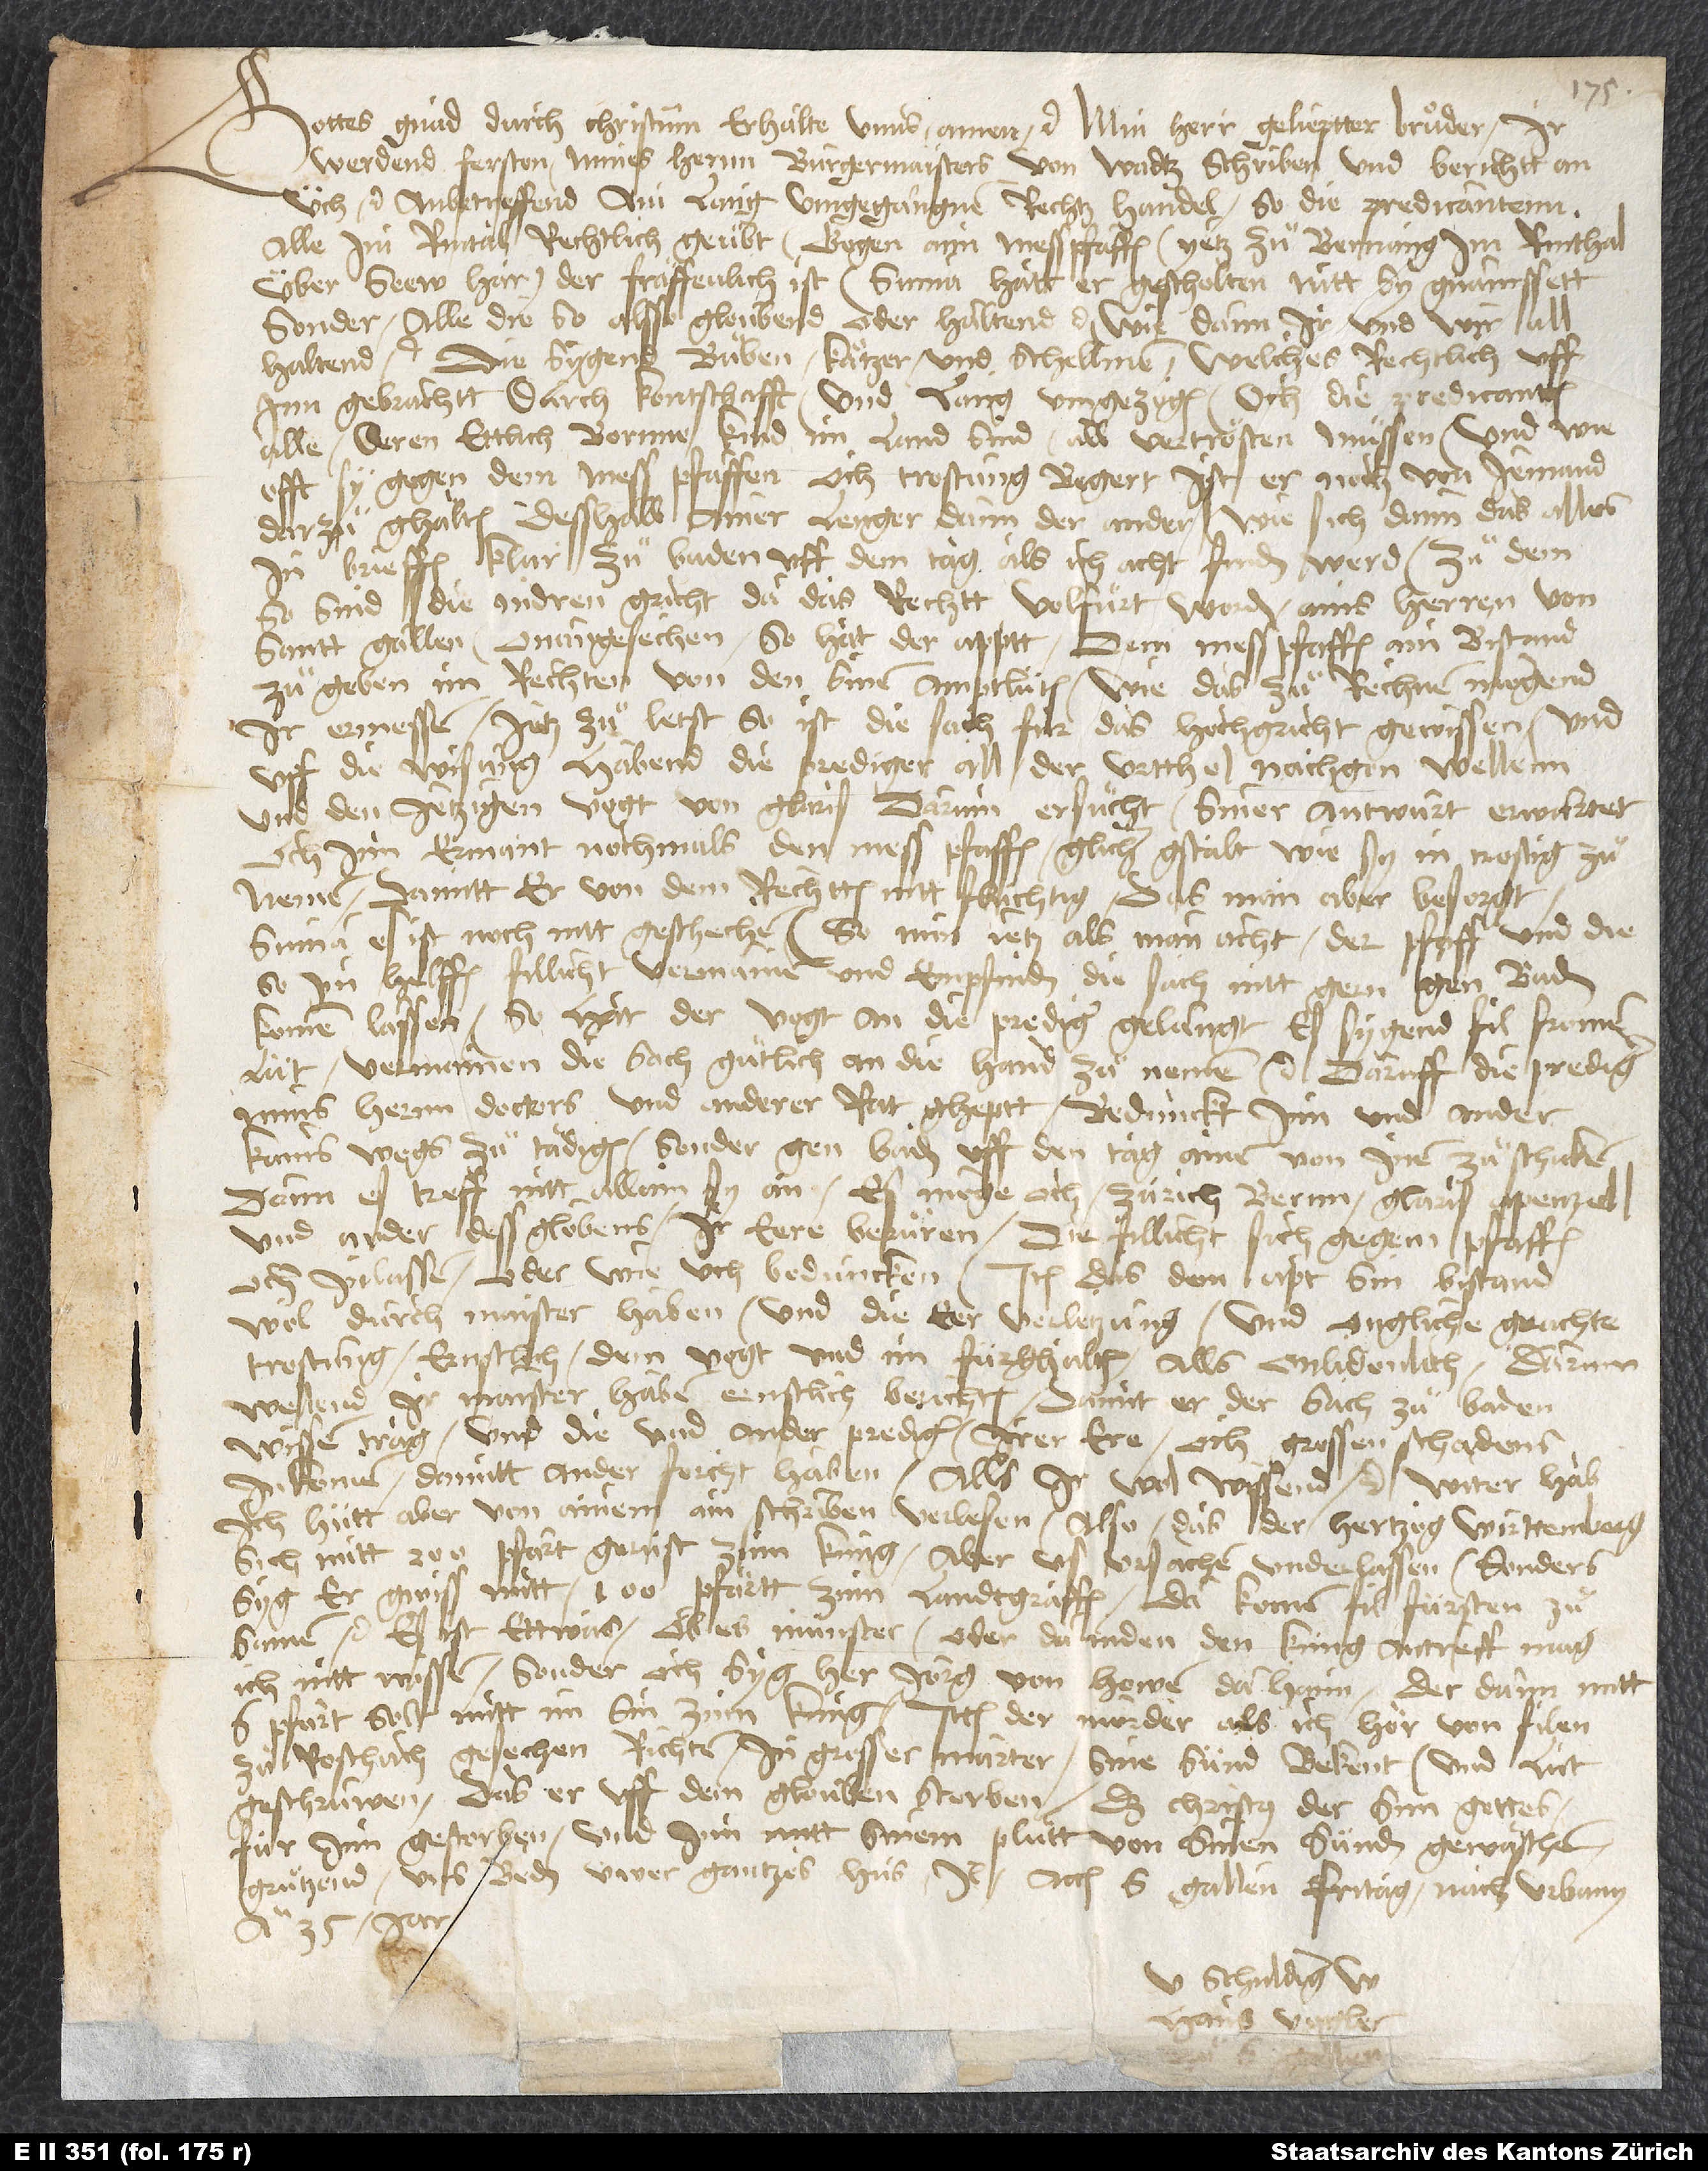
Gottes gnad durch Christum erhalte unns. Amen etc. Min herr, gelieptter bruͦder, ir
werdend ferston mines hernn burgermaisters von Wadtz schriben und berichtt an
üch etc. anbetreffend ain lang umgegangne rechtzhandel, so die predicantenn
alle im Rintal rechtlich geuͤbt gegen aim messpfaffen, yetz zuͦ Bernang im Rinthal,
über seew har der fräffenlich ist. Suma, hatt er gescholten, nitt sy gnamssett,
sonder alle die, so alsso gloubend oder halltend etc., wie dann ir und wir all
die sygend buͦben, kätzer und schellmen. Welches rechtlich uff
inn gebrachtt durch kontschafft und lang umgezogen, och die predicanten
alle, deren ettlich bornne kind im land sind, all vertrösten muͤssen, und wie
offt sy gegen dem messpfaffen och trostung begert, ist er noch von jemand
darzuͦ ghalten; desshalb ainer lenger dann der ander, wie sich dann das alles
in brieffen klar zuͦ Baden uff dem tag, als ich acht, finden werd. Zu dem
so sind die andren gricht, da das rechtt volfuͤrt worden, ains herren von
Santt Gallen. Onangesechen so hat der apptt dem messpfaffen ain bistand
zuͦgeben im rechten von den sinen amtlüten. Wie das zu rechnen, mögend
ir ermessen. Jetz zuͦ letst so ist die sach für das hochgricht gewissen, und
uff die wisung habend die prediger all der urtthel nachgon wellenn
und den jetzigen vogt von Glaris darum ersuͦcht, siner antwurt erwartet,
och inn ermant, nochmals den messpfaffen glicher gstalt wie sy in trostig zuͦ
nemen, damitt er von dem rechtten nitt flüchtig, das man aber besorgt.
Suma, es ist noch nitt geschechen. So nun jetz, als man acht, der pfaff und die,
so im helfen, fillicht vermainen und empfinden, die sach nitt gern gen Baden
kommen lassen, so hat der vogt an die prediger gelangt, es sygend fil fromer
lüt, vermainen die sach guͤtlich an die hand zuͦ nemen etc. Daruff die prediger
mins hernn doctors und anderer rat gheptt. Bedunckt inn und ander,
kains wegs zuͦ tädigen, sonder gen Baden uff den tag ainen von inen zuͦ schicken;
denn es treff nitt allain sy an, es mege och Zürich, Bernn, Glaris, Apenzell
und ander dess globens ir eere berüren, die fillicht sich gegem pfaffen
och inlassen, oder wie uch beduncken. Item das dem apt sin bistand
wol durch maister Haben und die eer verletzung und ongliche geachte
trostung ernstlich dem vogt und im fürghalten, alls onlidenlich. Darum
wellend ir maister Haben ernstlich berichten, damit er der sach zuͦ Baden
wissen trag und die und ander prediger irer ere, och grossen schadens
inkomen, damitt ander forcht haben, alls ir wol wissend etc. Witer hab
ich hütt aber von ainem ain schriben verlesen, also das der hertzog Wirttemberg
sich mitt 200 pfärt gerüst zum küng, aber us ursachen underlassen. Sonders
syg er gwiss mitt 100 pfärtt zum landtgraffen. Da komen vil fürsten zuͦ
samen etc. Es ist ettwas, ob es Münster oder da niden den küng antreff, mag
ich nitt wissen. Sonder och syg her Jörg von Hewen da haim, der dann mitt
6 pfärt solt mitt im sin zum küng. Ittem der mörder, als ich hör, von filen
zuͦ Roschach gesechen richten, in grosser marter sine sünd bekent und lut
geschruwen, das er uff dem glouben sterben, daß Christus, der sun gottes,
für inn gestorben und inn mitt sinem pluͦtt von sinen sünden gewäschen.
Gruͤtzend uns beden üwer gantzes hus. Il. Actum S. Gallen, fritag nach Urbany
anno 35. jar.